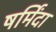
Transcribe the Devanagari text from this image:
षर्मिंदा